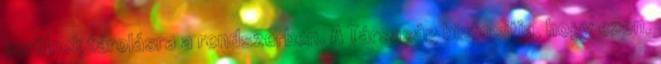
kerülnek tárolásra a rendszerben. A Társaság biztosítja, hogy ezen,